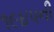
૧૯૪૫ની